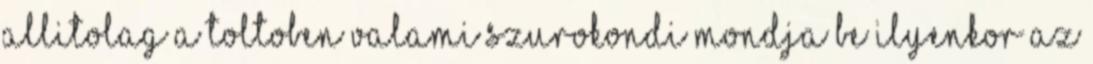
Allitolag a toltoben valami szurokondi mondja be ilyenkor az